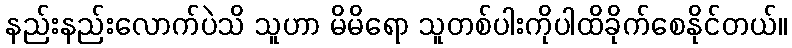
နည်းနည်းလောက်ပဲသိ သူဟာ မိမိရော သူတစ်ပါးကိုပါထိခိုက်စေနိုင်တယ်။